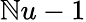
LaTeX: \mathbb{N}u-1